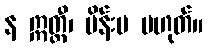
န ဣတ္ထီ၊ မိန်းမ မဟုတ်။